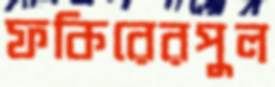
ফকিরেরপুল